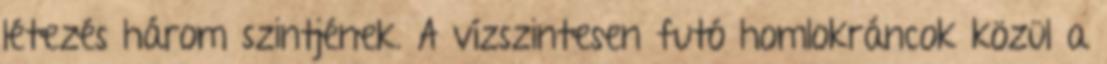
létezés három szintjének. A vízszintesen futó homlokráncok közül a